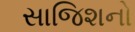
સાજિશનો